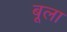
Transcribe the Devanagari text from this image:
बूला